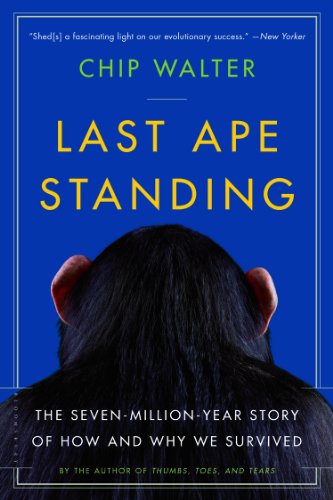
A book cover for Last Ape Standing: The Seven-Million-Year Story of How and Why We Survived; Chip Walter; Science & Math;